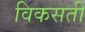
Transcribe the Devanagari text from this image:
विकसती